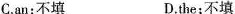
C.an:不填 D.the;不填